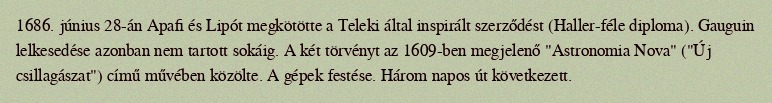
1686. június 28-án Apafi és Lipót megkötötte a Teleki által inspirált szerződést (Haller-féle diploma). Gauguin lelkesedése azonban nem tartott sokáig. A két törvényt az 1609-ben megjelenő "Astronomia Nova" ("Új csillagászat") című művében közölte. A gépek festése. Három napos út következett.